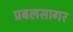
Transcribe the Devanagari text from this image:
प्रबलसागर